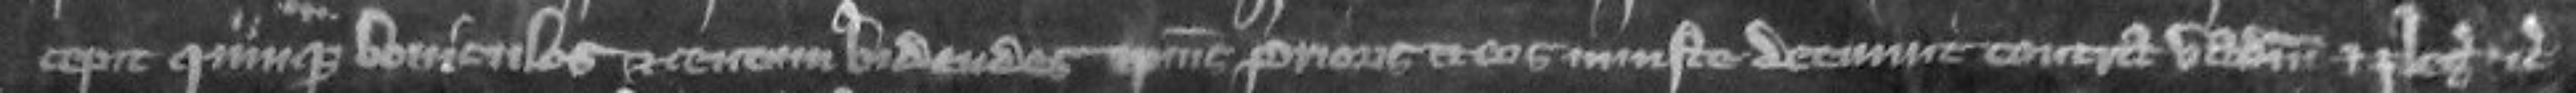
cepit quinque boviculos et centum bidentes ipsius prioris et eos injuste detinuit contra vadium et plegios etc